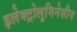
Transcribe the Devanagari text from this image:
इलेक्ट्रोलुमिनेसीन